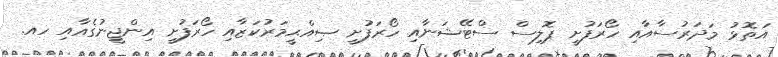
އަތޮޅު މަދަރުސާއާއި ހޯރަފުށީ ޕޮލިސް ސްޓޭޝަނާއި ހޯރަފުށީ ޞިއްޙީމަރުކަޒާއި ހޯރަފުށީ އިންޖީނުގެއާއި ހއ.